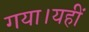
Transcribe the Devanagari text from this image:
गया।यहीं